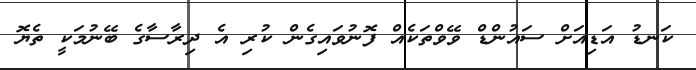
ކަނޑު އަޑިއަށް ސައުންޑް ވޭވްތަކެއް ފޮނުވައިގެން ކުރި އެ ދިރާސާގެ ބޭނުމަކީ ތެޔޮ